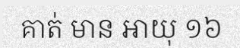
គាត់ មាន អាយុ ១៦